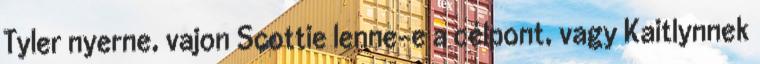
Tyler nyerne, vajon Scottie lenne-e a célpont, vagy Kaitlynnek